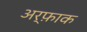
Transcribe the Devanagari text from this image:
अर्फ़ाक